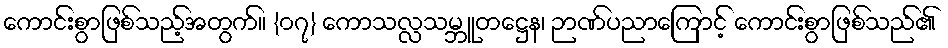
ကောင်းစွာဖြစ်သည့်အတွက်။ {၀၇} ကောသလ္လသမ္ဘူတဋ္ဌေန၊ ဉာဏ်ပညာကြောင့် ကောင်းစွာဖြစ်သည်၏